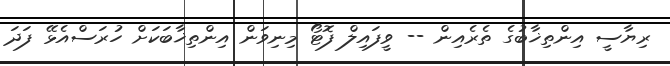
ރިޔާސީ އިންތިޚާބުގެ ތެރެއިން -- ވީފައިލް ފޮޓޯ މިނިވަން އިންތިޚާބަކަށް ހުރަސްއެޅޭ ފަދަ